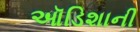
ઑડિશાની